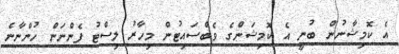
އެ ކޮމިޝާނުން ބުނީ އެ ކޮމިޝަންގެ ވެބްސައިޓުން މިހާރު ލިސްޓު ފެންނަން ހުންނާނެ